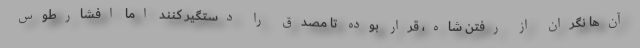
آن‌ها نگران از رفتن شاه، قرار بوده تا مصدق را دستگیر کنند اما افشارطوس